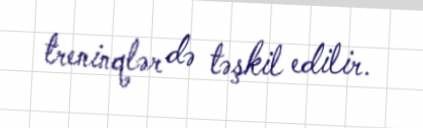
treninqlər də təşkil edilir.